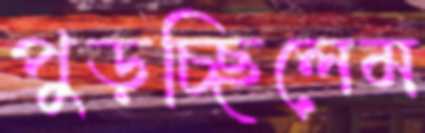
পুড়চ্ছিলেম